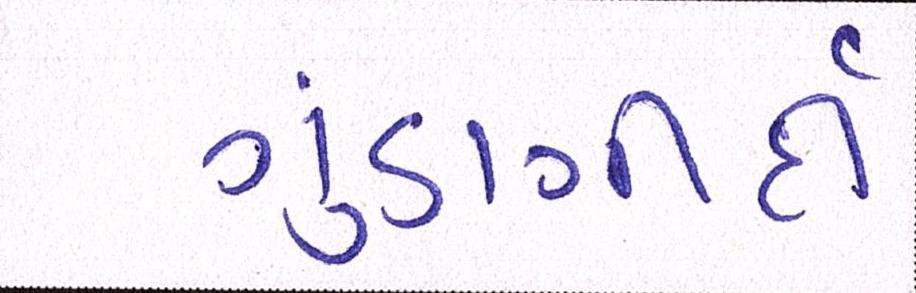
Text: ગુંડાગીર્દી